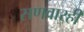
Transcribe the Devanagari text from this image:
सणवारही